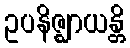
ဥပနိဇ္ဈာယန္တိ